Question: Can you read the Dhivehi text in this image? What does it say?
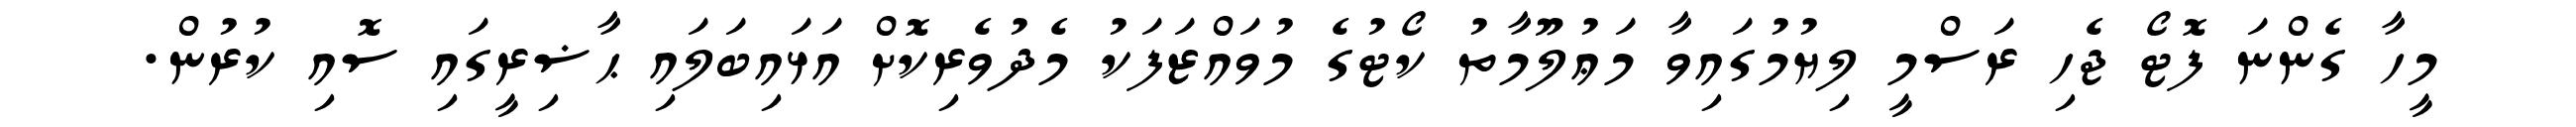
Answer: މީހާ ގެންނަ ފޮޓޯ ޖެހި ރަސްމީ ލިޔުމުގައިވާ މަޢުލޫމާތު ކޯޓުގެ މުވައްޒަފަކު މެދުވެރިކޮށް އަޅައިބަލައި ޙާޟިރީގައި ސޮއި ކުރުން.